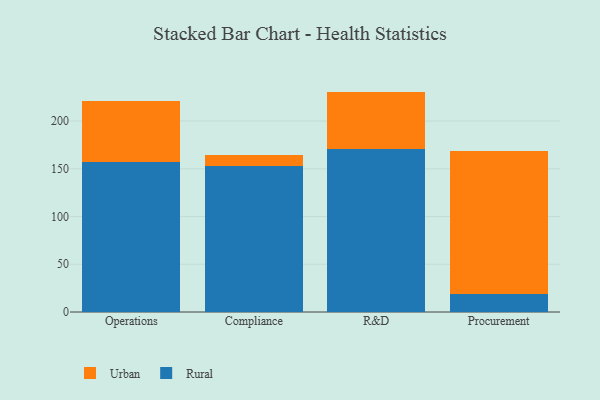
{"axis": {"x": "Department", "y": "Bounce Rate (%)"}, "legend": ["Rural", "Urban"], "data": [{"x": "Operations", "y": 156.9, "type": "Rural"}, {"x": "Operations", "y": 64.0, "type": "Urban"}, {"x": "Compliance", "y": 153.0, "type": "Rural"}, {"x": "Compliance", "y": 11.3, "type": "Urban"}, {"x": "R&D", "y": 170.3, "type": "Rural"}, {"x": "R&D", "y": 60.6, "type": "Urban"}, {"x": "Procurement", "y": 19.0, "type": "Rural"}, {"x": "Procurement", "y": 149.8, "type": "Urban"}]}